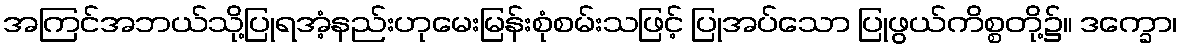
အကြင်အဘယ်သို့ပြုရအံ့နည်းဟုမေးမြန်းစုံစမ်းသဖြင့် ပြုအပ်သော ပြုဖွယ်ကိစ္စတို့၌။ ဒက္ခော၊